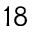
^ { 1 8 }